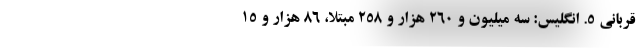
قربانی ۵. انگلیس: سه میلیون و ۲۶۰ هزار و ۲۵۸ مبتلا، ۸۶ هزار و ۱۵